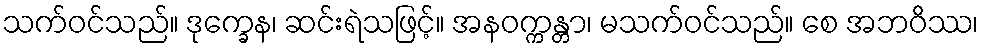
သက်ဝင်သည်။ ဒုက္ခေန၊ ဆင်းရဲသဖြင့်။ အနဝက္ကန္တာ၊ မသက်ဝင်သည်။ စေ အဘဝိဿ၊